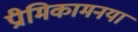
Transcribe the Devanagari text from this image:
प्रीमिकामनया